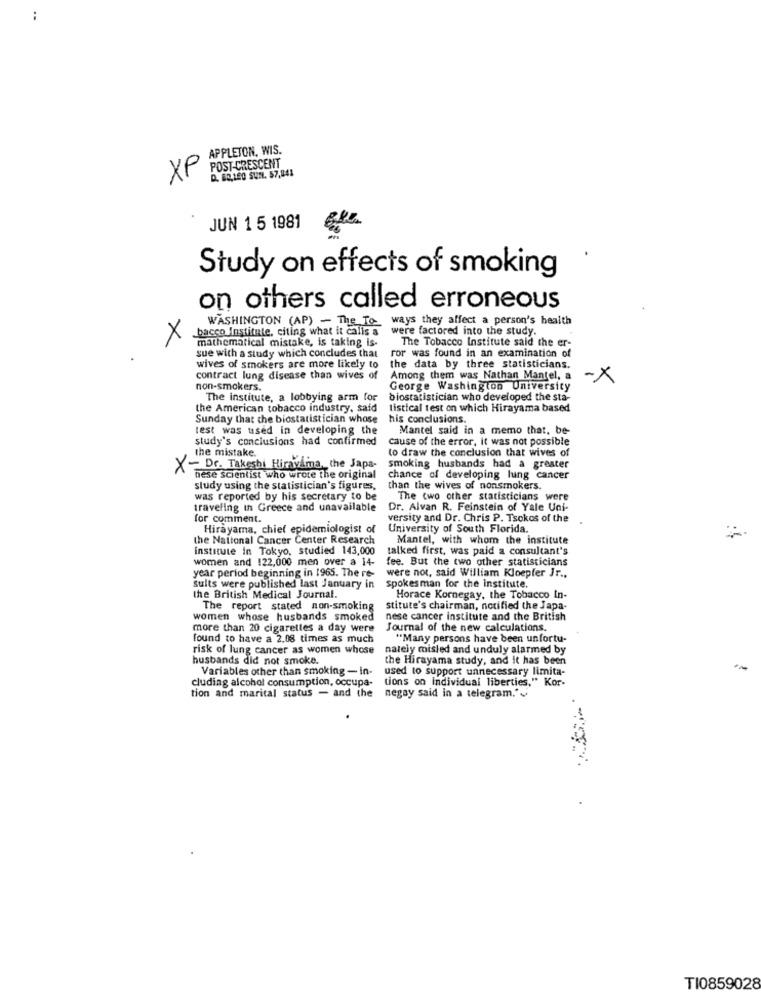
:
APPLETON, WIS.
XP
POST-CRESCENT
D. 62,120 SUN. 57,841
JUN 1 5 1981
Study on effects of smoking
on others called erroneous
WASHINGTON (AP) - The To ways they affect a person's health
bacco Institute, citing what it calis a
were factored into the study.
X
mathematical mistake, is taking is-
The Tobacco Institute said the er-
ror was found in an examination of
sue with a study which concludes that
wives of smokers are more likely to
the data by three statisticians.
contract lung disease than wives of
Among them was Nathan Mantel, a
-X
non-smokers.
George Washington University
The institute, a lobbying arm for
biostatistician who developed the sta-
the American tobacco industry, said
listical test on which Hirayama based
Sunday that the biostatistician whose
his conclusions.
test was used in developing the
Mantel said in a memo that, be-
study's conclusions had confirmed
cause of the error, it was not possible
the mistake.
to draw the conclusion that wives of
X- Dr. Takeshi Hiravima, the Japa-
smoking husbands had a greater
nese scientist who wrote the original
chance of developing lung cancer
study using the statistician's figures,
than the wives of nonsmokers.
was reported by his secretary to be
The two other statisticians were
traveling in Greece and unavailable
Dr. Alvan R. Feinstein of Yale Uni-
for comment.
versity and Dr. Chris P. Tsokos of the
Hirayama, chief epidemiologist of
University of South Florida.
the National Cancer Center Research
Mantel, with whom the institute
institute in Tokyo, studied 143,000
talked first, was paid a consultant's
women and 122,000 men over a 14-
fee. But the two other statisticians
year period beginning in 1965. The re-
Spokesman for the institute.
were not, said William Kloepler Jr ..
sults were published last January in
the British Medical Journal.
Horace Kornegay, the Tobacco In-
The report stated non-smoking
stitute's chairman, notified the Japa-
women whose husbands smoked
nese cancer institute and the British
more than 20 cigarettes a day were
Journal of the new calculations.
found to have a 2.08 times as much
"Many persons have been unfortu-
risk of lung cancer as women whose
nately misled and unduly alarmed by
husbands did not smoke.
the Hirayama study, and it has been
Variables other than smoking - in-
used to support unnecessary limita-
cluding alcohol consumption, occupa-
tions on Individual liberties," Kor-
tion and marital status - and the
negay said in a telegram."
TI0859028